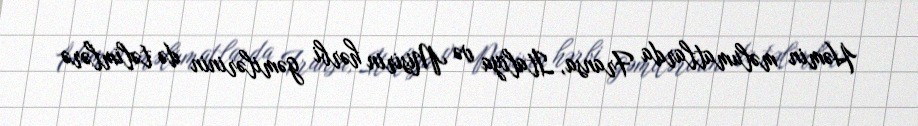
Həmin məlumatlarda Fransa, İtaliya və Misirin hərbi gəmilərinin də təlimlərə